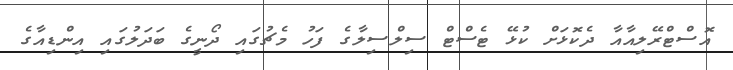
އޮސްޓްރޭލިއާއާ ދެކޮޅަށް ކުޅޭ ޓެސްޓް ސިލްސިލާގެ ފަހު މެޗުގައި ދޯނީގެ ބަދަލުގައި އިންޑިއާގެ